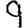
Digit: 9